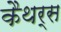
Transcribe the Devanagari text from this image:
कैथर्स